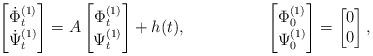
LaTeX: \begin{align*}\begin{bmatrix} \dot{\Phi}^{(1)}_t \\ \dot{\Psi}^{(1)}_t \end{bmatrix} &=A \begin{bmatrix} \Phi^{(1)}_t \\ \Psi^{(1)}_t \end{bmatrix} + h(t), &\begin{bmatrix} \Phi^{(1)}_0 \\ \Psi^{(1)}_0 \end{bmatrix} &=\begin{bmatrix} 0 \\ 0 \end{bmatrix},\end{align*}